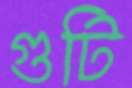
গুটি